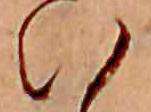
い